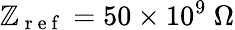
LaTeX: \mathbb{Z}_{\mathrm{{~r~e~f~}}}=50\times10^{9}~\Omega